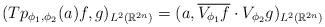
LaTeX: \begin{align*} (Tp_{\phi_1,\phi_2}(a) f, g)_{L^2(\mathbb{R}^{2 n})} = (a, \overline{V_{\phi_1} f}\cdot V_{\phi_2} g)_{L^2(\mathbb{R}^{2 n})} \end{align*}